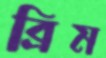
ব্রিম